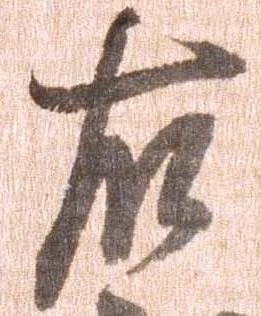
左